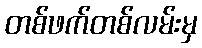
တစ်ဖက်တစ်လမ်းမှ